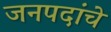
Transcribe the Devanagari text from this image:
जनपदांचे